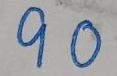
90